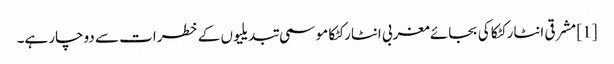
[1] مشرقی انٹارکٹکا کی بجائے مغربی انٹارکٹکا موسمی تبدیلیوں کے خطرات سے دوچار ہے۔